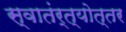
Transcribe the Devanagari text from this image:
स्वातंर्त्योत्तर